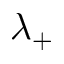
\lambda _ { + }